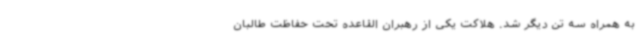
به همراه سه تن دیگر شد. هلاکت یکی از رهبران القاعده تحت حفاظت طالبان